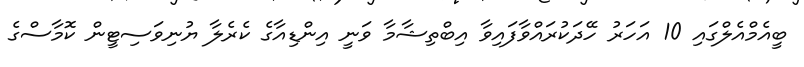
ބީއެމްއެލްގައި 10 އަހަރު ހޭދަކުރައްވާފައިވާ އިބްތިޝާމާ ވަނީ އިންޑިއާގެ ކެރެލާ ޔުނިވަސިޓީން ކޮމާސްގެ